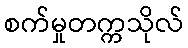
စက်မှုတက္ကသိုလ်